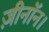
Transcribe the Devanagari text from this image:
ज़ीनॉन।